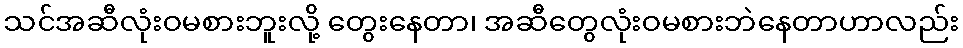
သင်အဆီလုံးဝမစားဘူးလို့ တွေးနေတာ၊ အဆီတွေလုံးဝမစားဘဲနေတာဟာလည်း